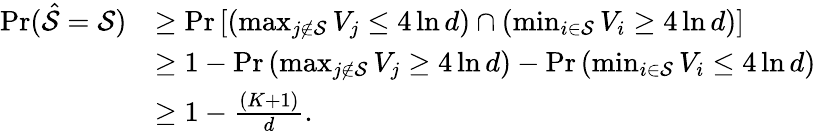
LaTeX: \begin{array}{rl}{\operatorname*{Pr}(\hat{\mathcal{S}}=\mathcal{S})}&{\geq\operatorname*{Pr}\left[\left(\operatorname*{max}_{j\not\in\mathcal{S}}V_{j}\leq 4\ln d\right)\cap\left(\operatorname*{min}_{i\in\mathcal{S}}V_{i}\geq 4\ln d\right)\right]}\\ &{\geq 1-\operatorname*{Pr}\left(\operatorname*{max}_{j\not\in\mathcal{S}}V_{j}\geq 4\ln d\right)-\operatorname*{Pr}\left(\operatorname*{min}_{i\in\mathcal{S}}V_{i}\leq 4\ln d\right)}\\ &{\geq 1-\frac{(K+1)}{d}.}\end{array}